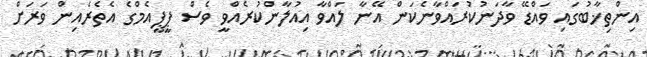
އިންތިޚާބުގައި ވައްޑޭ ވާދަނުކުރައްވާނެކަން އޭނާ ލައްވާ އިއުލާންކުރެއްވީ ވެސް ޕީޕީއެމްގެ އެތެރެއިން ވަރަށް